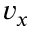
v _ { x }